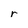
Character: r